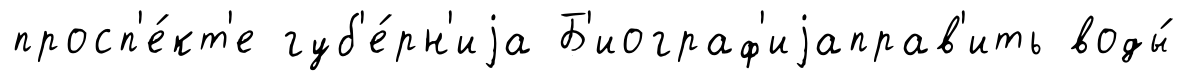
просп'е́кт'е губ'е́рн'иjа Б'иограф'иjаправ'ить воды́